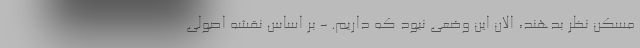
مسکن نظر بدهند، الان این وضعی نبود که داریم. - بر اساس نقشه اصولی